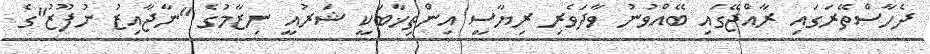
ދެހާސްތޭރަގައި ރާއްޖޭގައި ބޭއްވުނު ވާދަވެރި ރިޔާސީ އިންތިޚާބަކީ ޝަރުއީ ނިޒާމުގެ "ނާޖާއިޒު ނުފޫޒު"ގެ